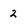
Character: 2